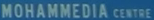
MOHAMMEDIA CENTRE